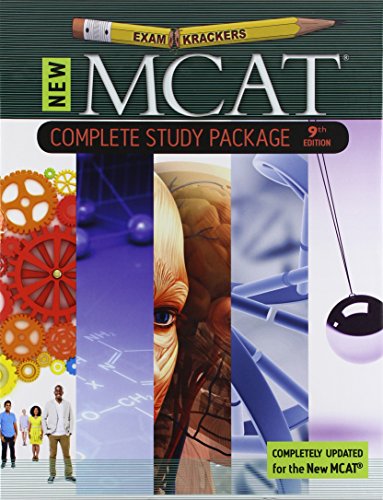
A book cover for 9th Edition Examkrackers MCAT Complete Study Package (EXAMKRACKERS MCAT MANUALS); Jonathan Orsay; Test Preparation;